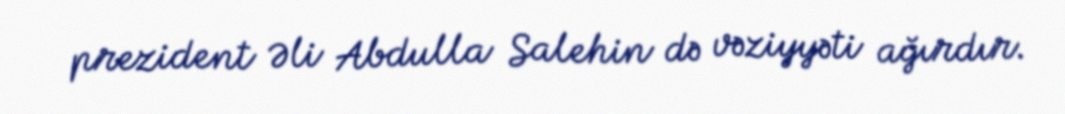
prezident Əli Abdulla Salehin də vəziyyəti ağırdır.